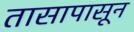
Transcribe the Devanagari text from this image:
तासापासून